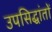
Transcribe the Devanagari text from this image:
उपसिद्धांतों